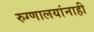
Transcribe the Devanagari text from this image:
रुग्णालयांनाही